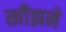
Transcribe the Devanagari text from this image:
खीझने